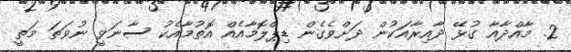
2. މާއްދާއާ ގުޅޭ ދާއިރާއަކުން ދަށްވެގެން ޑިޕްލޮމާއެއް އޮތުމާއެކު ސާނަވީ ނުވަތަ މަތީ